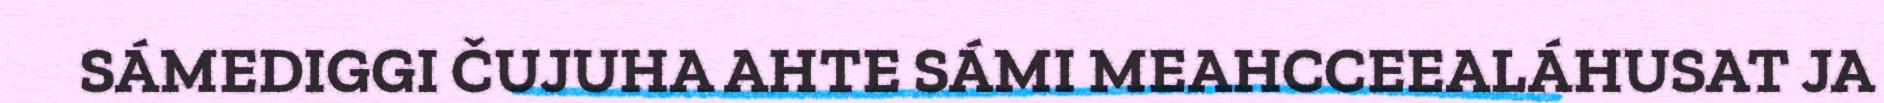
SÁMEDIGGI ČUJUHA AHTE SÁMI MEAHCCEEALÁHUSAT JA